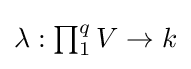
\textstyle \lambda :\prod _{1}^{q}V\to k